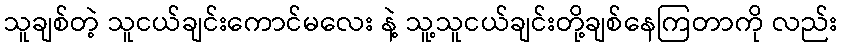
သူချစ်တဲ့ သူငယ်ချင်းကောင်မလေး နဲ့ သူ့သူငယ်ချင်းတို့ချစ်နေကြတာကို လည်း